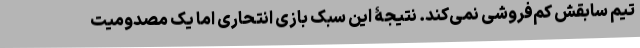
تیم سابقش کم‌فروشی نمی‌کند. نتیجۀ این سبک بازی انتحاری اما یک مصدومیت